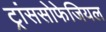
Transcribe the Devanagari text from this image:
ट्रांससोफेजियल